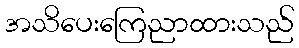
အသိပေးကြေညာထားသည်